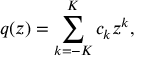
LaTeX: q ( z ) = \sum _ { k = - K } ^ { K } c _ { k } z ^ { k } ,